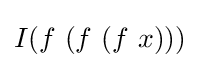
I(f\ (f\ (f\ x)))